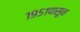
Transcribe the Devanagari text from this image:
१९५१पासून